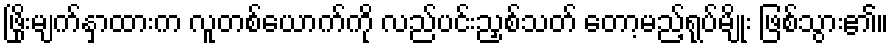
ဖြိုးမျက်နှာထားက လူတစ်ယောက်ကို လည်ပင်းညှစ်သတ် တော့မည့်ရုပ်မျိုး ဖြစ်သွား၏။